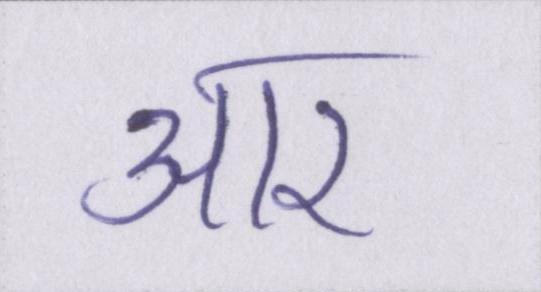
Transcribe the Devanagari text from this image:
आर